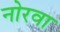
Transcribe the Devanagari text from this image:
नोरवा